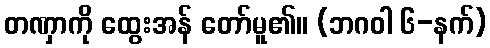
တဏှာကို ထွေးအန် တော်မူ၏။ (ဘဂဝါ ၆-နက်)